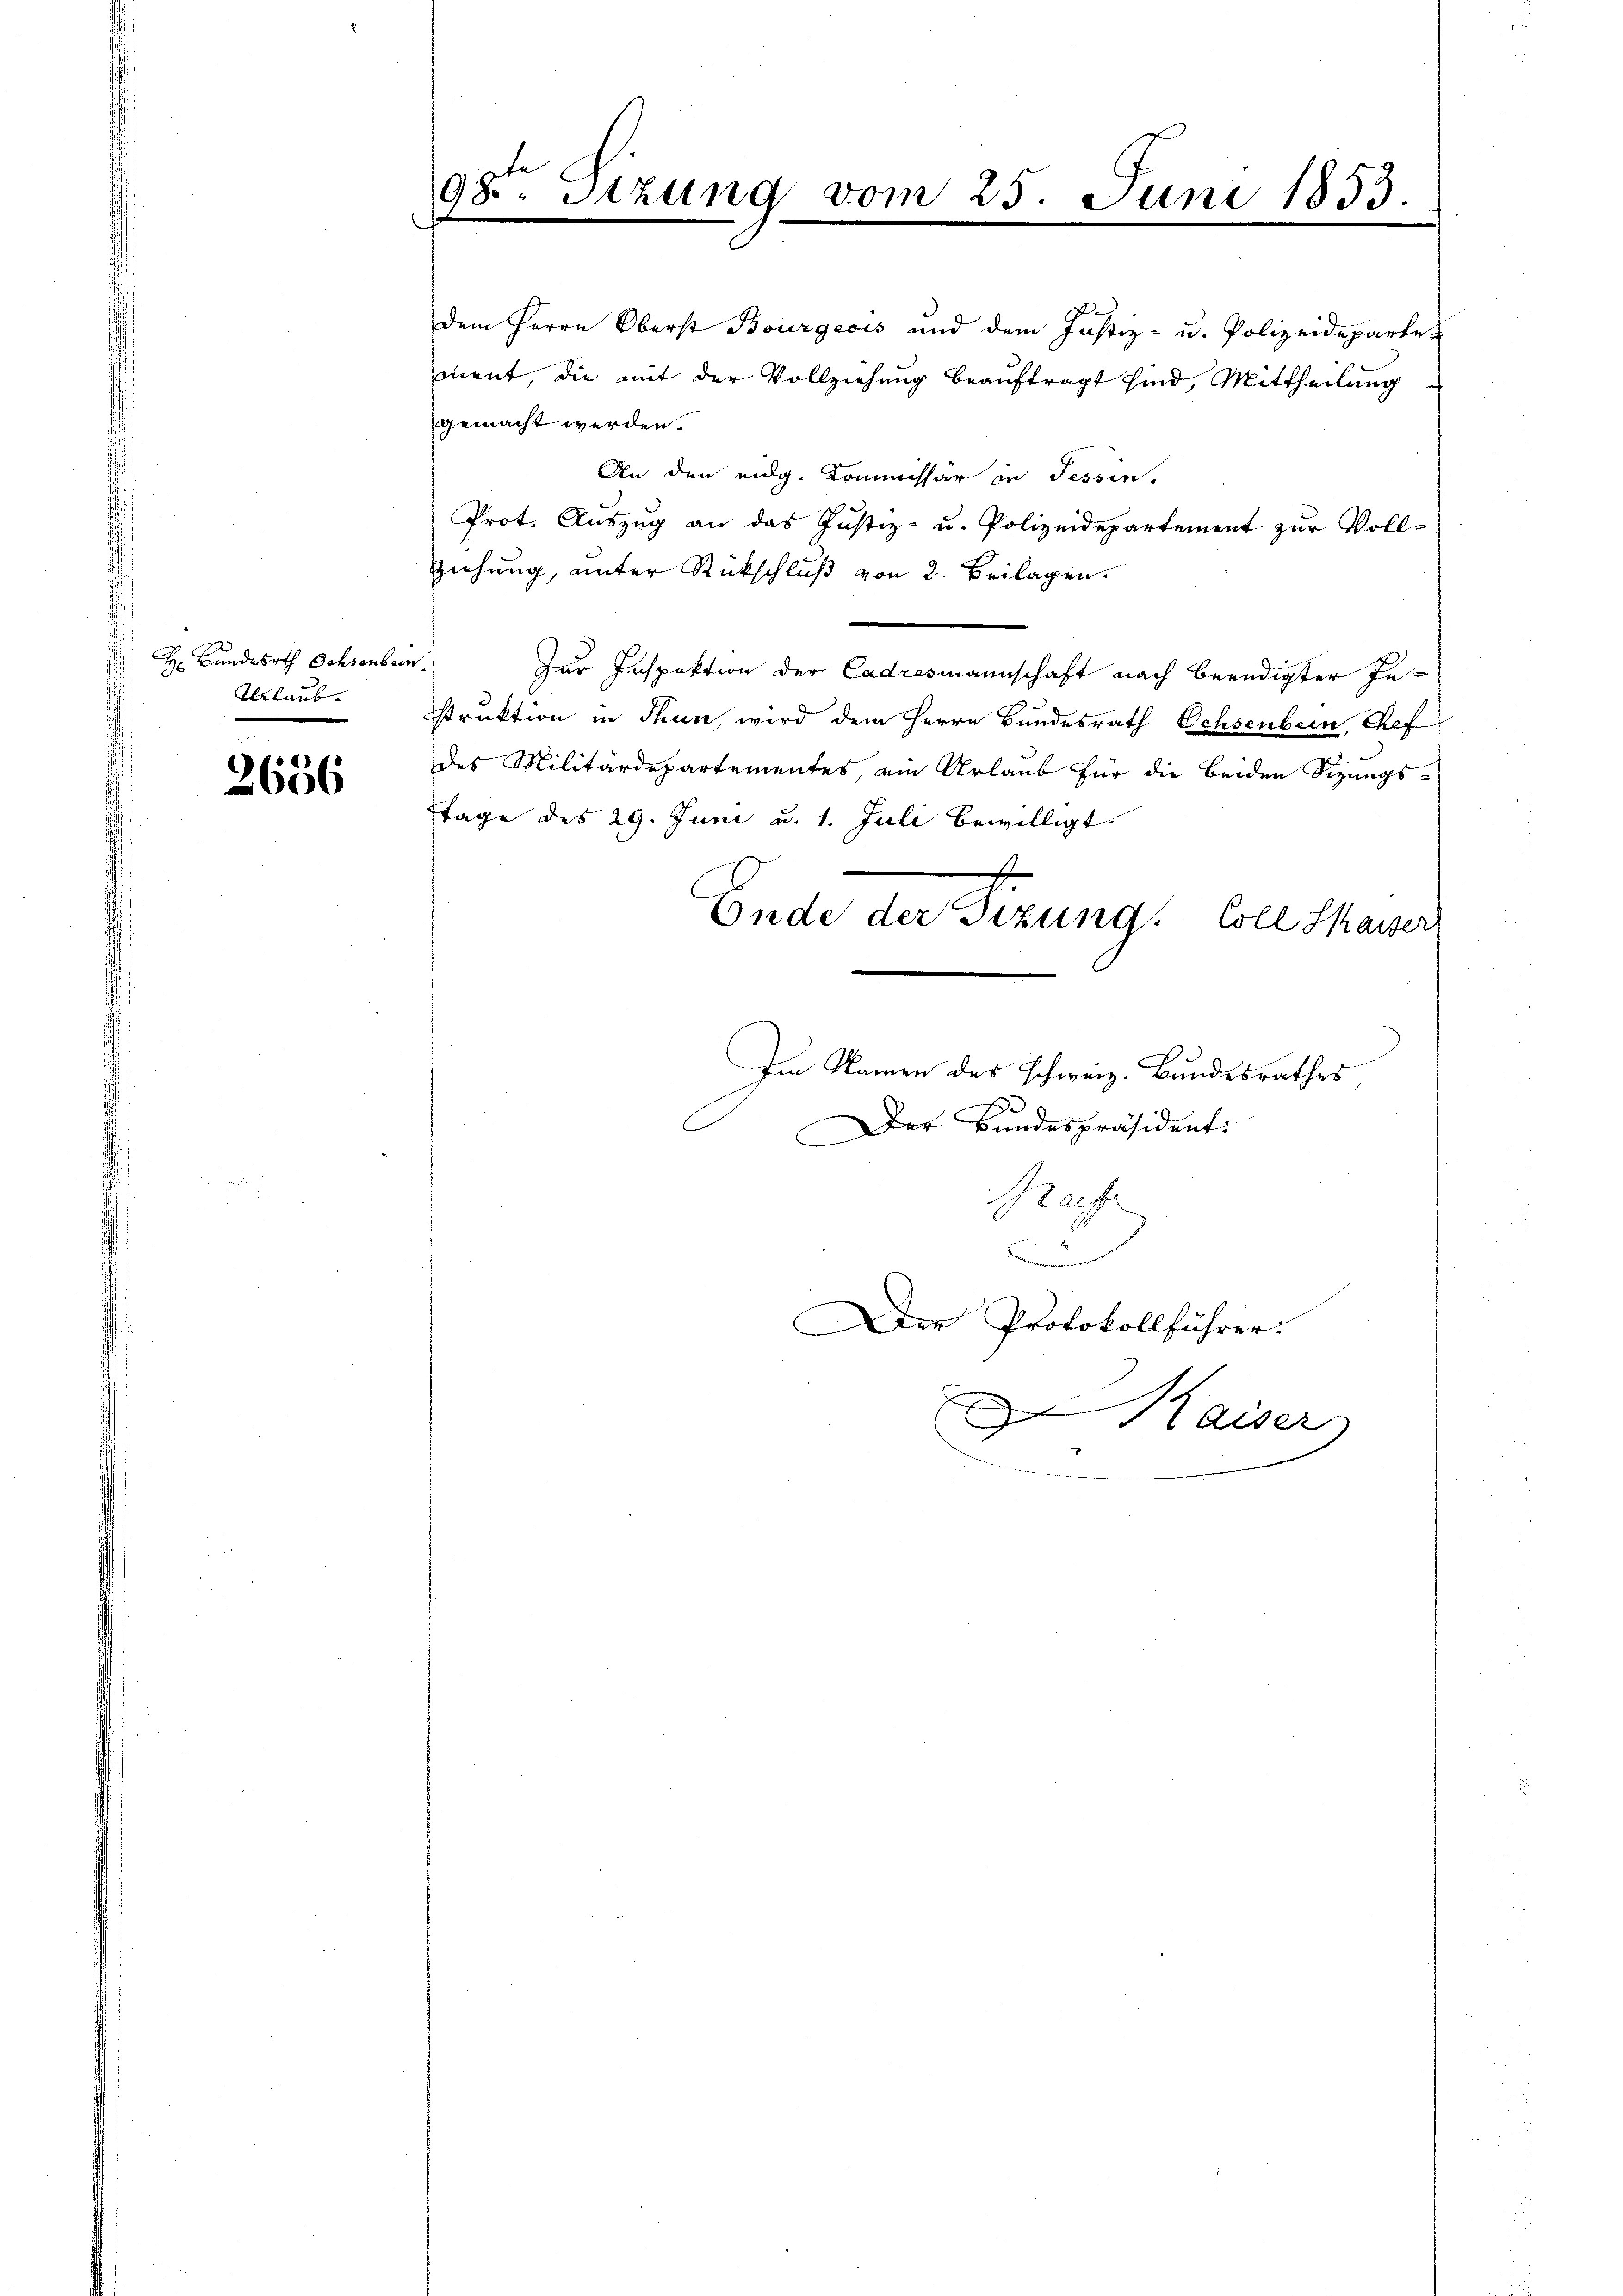
H. Bundesrth. Ochsenbern
Trlaub.

2656

.
98. Stzung vom 25. Juni 1853.

dem Herrn Oberst Bourgeois und dem Justiz- u. Polizeideparte
cient, die mit der Vollziehung beauftragt sind, Mittheilung
gemacht werden.
An den eidg. Kommissär in Tessin,
Prot. Aŭszŭg an das Justiz- u. Polizeidepartement zŭr Voll-
Ziehung, unter Rückschluß von 2. Beilagen.
Zur Inspektion der Cadresmannschaft nach beendigter Instruktion in Thun, wird dem Herrn Bundesrath Ochsenbein, Chef
des Militärdepartementes, ein Urlaub für die beiden Sizungstage des 29. Juni u. 1. Juli bewilligt.
Ende der Fizung. Coll thauser,
Im Namen des schweiz. Bundesrathes
s
Der Bundespräsident.
Prefe
.
Der Protokollführer:
 Kaiser